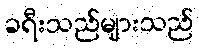
ခရီးသည်များသည်